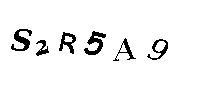
S2R5A9